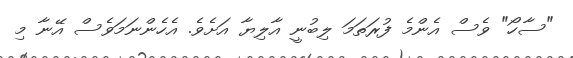
"ސާހޯ" ވެސް އެންމެ ފުރަތަމަ ލިބުނީ އާލިޔާ އަށެވެ. އެހެންނަމަވެސް އޭނާ މި